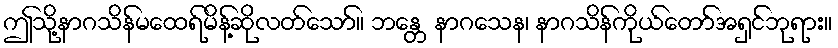
ဤသို့နာဂသိန်မထေရ်မိန့်ဆိုလတ်သော်။ ဘန္တေ နာဂသေန၊ နာဂသိန်ကိုယ်တော်အရှင်ဘုရား။